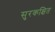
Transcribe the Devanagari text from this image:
सुरकक्षित